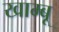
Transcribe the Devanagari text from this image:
खाम्बू